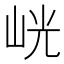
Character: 𭖙